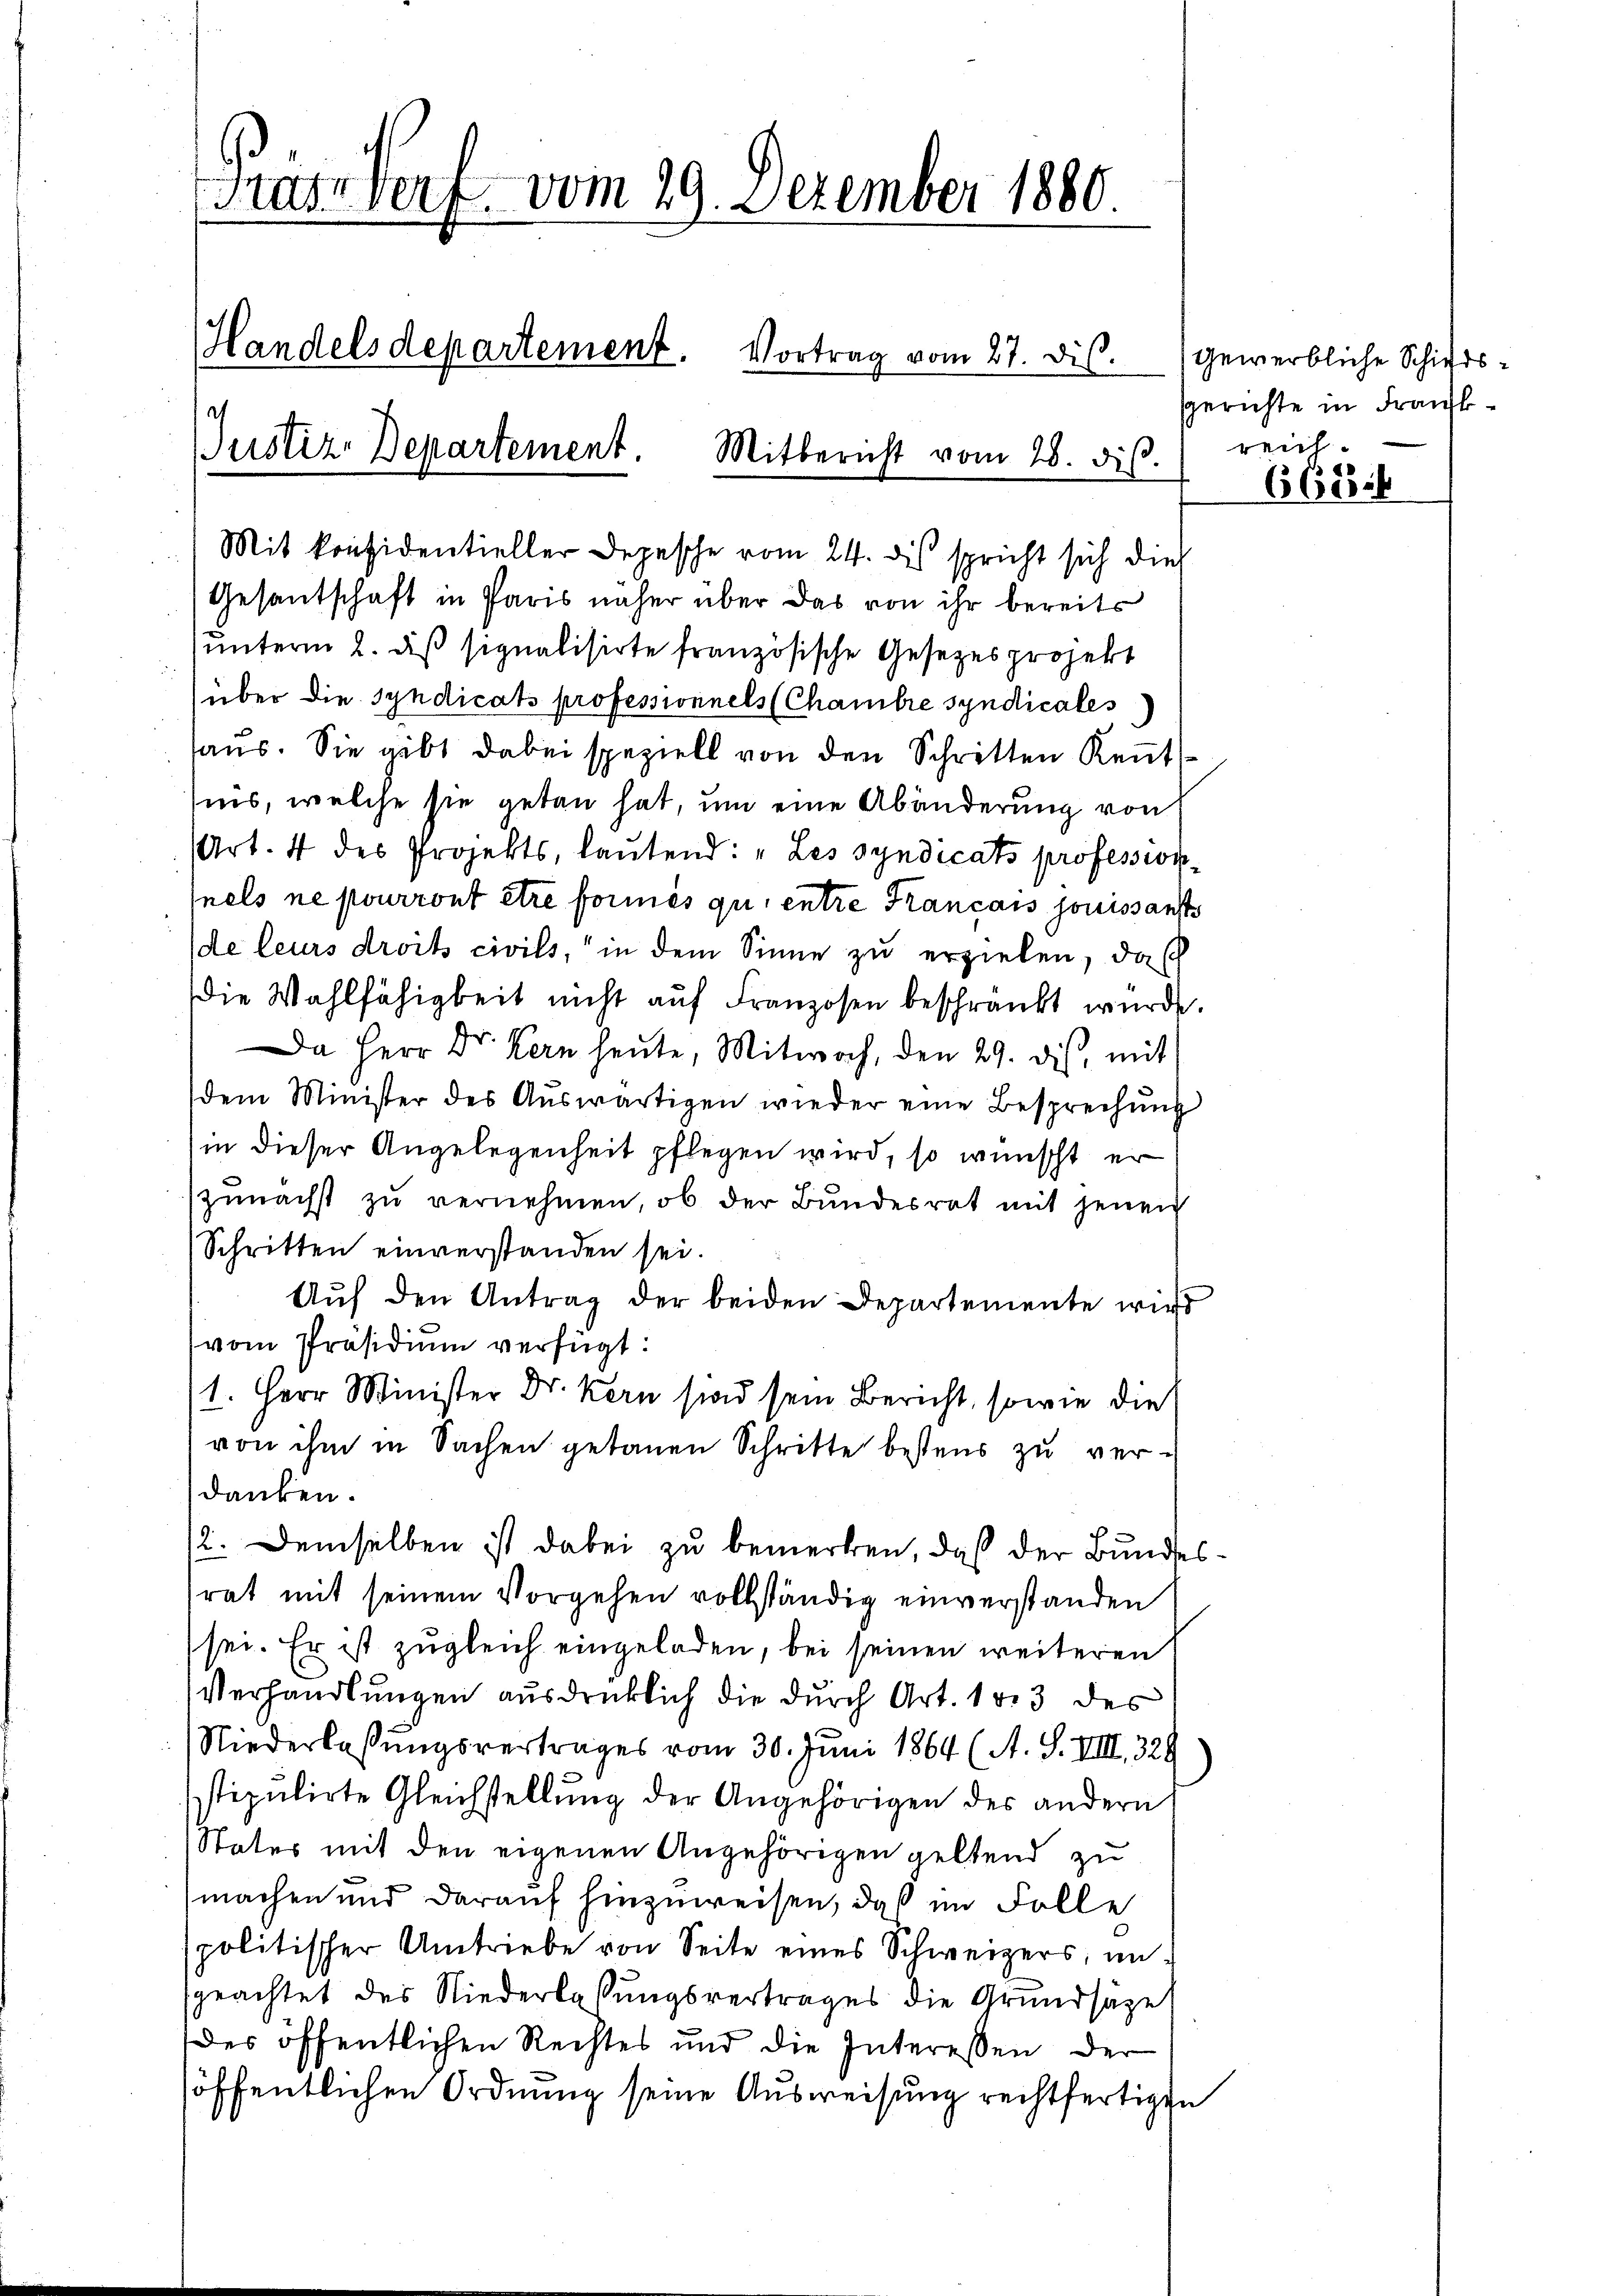
Pris Dorf vom 29. Dezember 1880.
Handelsdepartement. Vortrag vom 27. dis.
Justiz-Departement. Mitbericht vom 28. dis.

(Mit konsidentieller Depesche vom 24. des spricht sich dies
Gesantschaft in Paris näher über das von ihr bereits
unterm 2. daß signalisirte französische Gesetzes projekt
über die Syndicats professionnels (Chambre syndicales
aus. Sie gibt dabei speziell von den Schritten Kennt
ins, welche sie getan hat, um eine Abänderung von
(Art. 4 des Projekts, lautend: „Les syndicats profession
nels ne pourront être formés qui entre Krancais jouissanst
(de leurs droits civils, in dem Sinne zu erzielen, das
die Wahlfähigkeit nicht auf Franzosen beschränkt wurde.
Da Herr Dr. Kern heute, Mitwoch, den 29. ds. mit
dem Minister des Auswärtigen wieder eine Besprechung
in dieser Angelegenheit pflegen wird, so wünscht er
zunächst zu vernehmen, ob der Bundesrat mit jenen
Schritten einverstanden sei.
Aŭf den Antrag der beiden Departemente wird
(vom Präsidium verfügt:
1. Herr Minister Dr. Kern sind sein Bericht, sowie die
von ihm in Sachen getanen Schritte bestens zu ver-
danken.
12. Demselben ist dabei zu bemerken, daß der Bundes
rat mit seinem Vorgehen vollständig einverstanden
sei. Er ist zugleich eingeladen, bei seinen weiteren
Verhandlungen ausdrücklich die durch Art. 1813 des
Niederlassungsvertrages vom 30. Juni 1864 (A. S. VIII 329
stipulirte Gleichstellung der Angehörigen des andern
Status mit den eigenen Angehörigen geltend zu
machen und darauf hinzuweisen, daß im Folle
spolitischer Umtriebe von Seite eines Schweizers, un-
geachtet des Niederlassungsvertrages die Grundsätze
des öffentlichen Rechtes und die Interessen der
höffentlichen Ordnung seine Ausweisung rechtfertigen

Gewerbliche Schiedssgerichte in Frank
reich.

66816